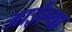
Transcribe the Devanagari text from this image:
आईल्या